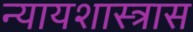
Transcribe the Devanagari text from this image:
न्यायशास्त्रास